Report on lock hospitals in British Burma
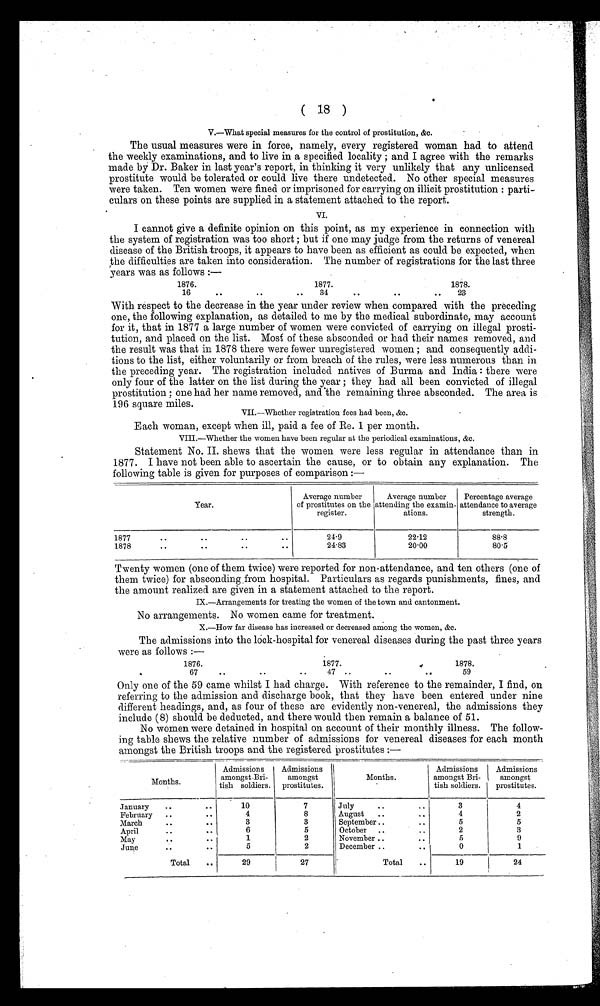
( 18 )
V.—What special measures for the control of prostitution, &c.
The usual measures were in force, namely, every registered woman had to attend
the weekly examinations, and to live in a specified locality ; and I agree with the remarks
made by Dr. Baker in last year's report, in thinking it very unlikely that any unlicensed
prostitute would be tolerated or could live there undetected. No other special measures
were taken. Ten women were fined or imprisoned for carrying on illicit prostitution : parti-
culars on these points are supplied in a statement attached to the report.
VI.
I cannot give a definite opinion on this point, as my experience in connection with
the system of registration was too short ; but if one may judge from the returns of venereal
disease of the British troops, it appears to have been as efficient as could be expected, when
the difficulties are taken into consideration. The number of registrations for the last three
years was as follows :-
1876.
1877.
1878.
16
..
..
34..
..
23
With respect to the decrease in the year under review when compared with the preceding
one, the following explanation, as detailed to me by the medical subordinate, may account
for it, that in 1877 a large number of women were convicted of carrying on illegal prosti-
tution, and placed on the list. Most of these absconded or had their names removed, and
the result was that in 1878 there were fewer unregistered women ; and consequently addi-
tions to the list, either voluntarily or from breach the rules, were less numerous than in
the preceding year. The registration included natives of Burma and India : there were
only four of the latter on the list during the year ; they had all been convicted of illegal
prostitution ; one had her name removed, and the remaining three absconded. The area is
196 square miles.
VII.—Whether registration fees had been, &c.
•
Each woman, except when ill, paid a fee of Re. 1 per month.
VIII.—Whether the women have been regular at the periodical examinations, &c.
Statement No. II. shews that the women were less regular in attendance than in
1877. I have not been able to ascertain the cause, or to obtain any explanation. The
following table is given for purposes of comparison :—
Year.
Average number
of prostitutes on the
register.
Average number
attending the examin-
ations.
Percentage average
attendance to average
strength.
1877
..
..
..
..
24.9
22.12
88.8
1878
..
..
..
..
24.83
20.00
80.5
Twenty women (one of them twice) were reported for non-attendance, and ten others (one of
them twice) for absconding . from hospital. Particulars as regards punishments, fines, and
the amount realized are given in a statement attached to the report.
IX.—Arrangements for treating the women of the town and cantonment.
No arrangements. No women came for treatment.
X.—How far disease has increased or decreased among the women, &c.
The admissions into the lock-hospital for venereal diseases during the past three years
were as follows :-
1876.
1877.
1878.
67
..
..
..
47 ..
..
..59
Only one of the 59 came whilst I had charge. With reference to the remainder, I find, on
referring to the admission and discharge book, that they have been entered under nine
different headings, and, as four of these are evidently non-venereal, the admissions they
include (8) should be deducted, and there would then remain a balance of 51.
No women were detained in hospital on account of their monthly illness. The follow-
ing table shews the relative number of admissions for venereal diseases for each month
amongst the British troops and the registered prostitutes :—
Months.
Admissions
amongst .Bri-
tish soldiers.
Admissions
amongst
prostitutes.
Months.
Admissions
amongst Bri-
tish soldiers.
Admissions
amongst
prostitutes.
January
..
..
10
7
July
..
..
3
4
February ..
..
4
8
August
..
..
4
2
March
..
..
3
3
September ..
..
5
5
April
..
. .
6
5
October ..
..
2
3
May
..
..
1
2
November ..
..
5
9
June
..
..
5
2
December ..
..
0
1
Total
..
29
27
Total
..
19
24